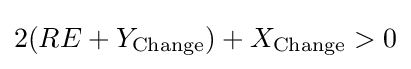
2(RE+Y_{\text{Change}})+X_{\text{Change}}>0